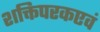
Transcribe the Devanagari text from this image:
शक्तिपरकएवं